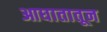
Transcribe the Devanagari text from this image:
आघातातून